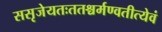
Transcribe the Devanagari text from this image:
ससृजेयतःततश्चर्मण्वतीत्येवं